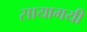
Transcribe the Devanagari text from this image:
सायागयी